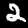
Label: 2